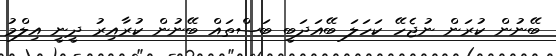
ބޭނުން ކުރަން ނުޖެހޭ ކަހަލަ ބޭއަދަބީ ބަސްތައް ބޭނުން ކުރާއިރު ދީނީ އިލްމު